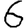
Digit: 6